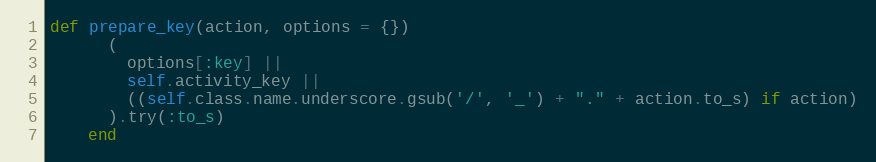
Language: Ruby
def prepare_key(action, options = {})
      (
        options[:key] ||
        self.activity_key ||
        ((self.class.name.underscore.gsub('/', '_') + "." + action.to_s) if action)
      ).try(:to_s)
    end